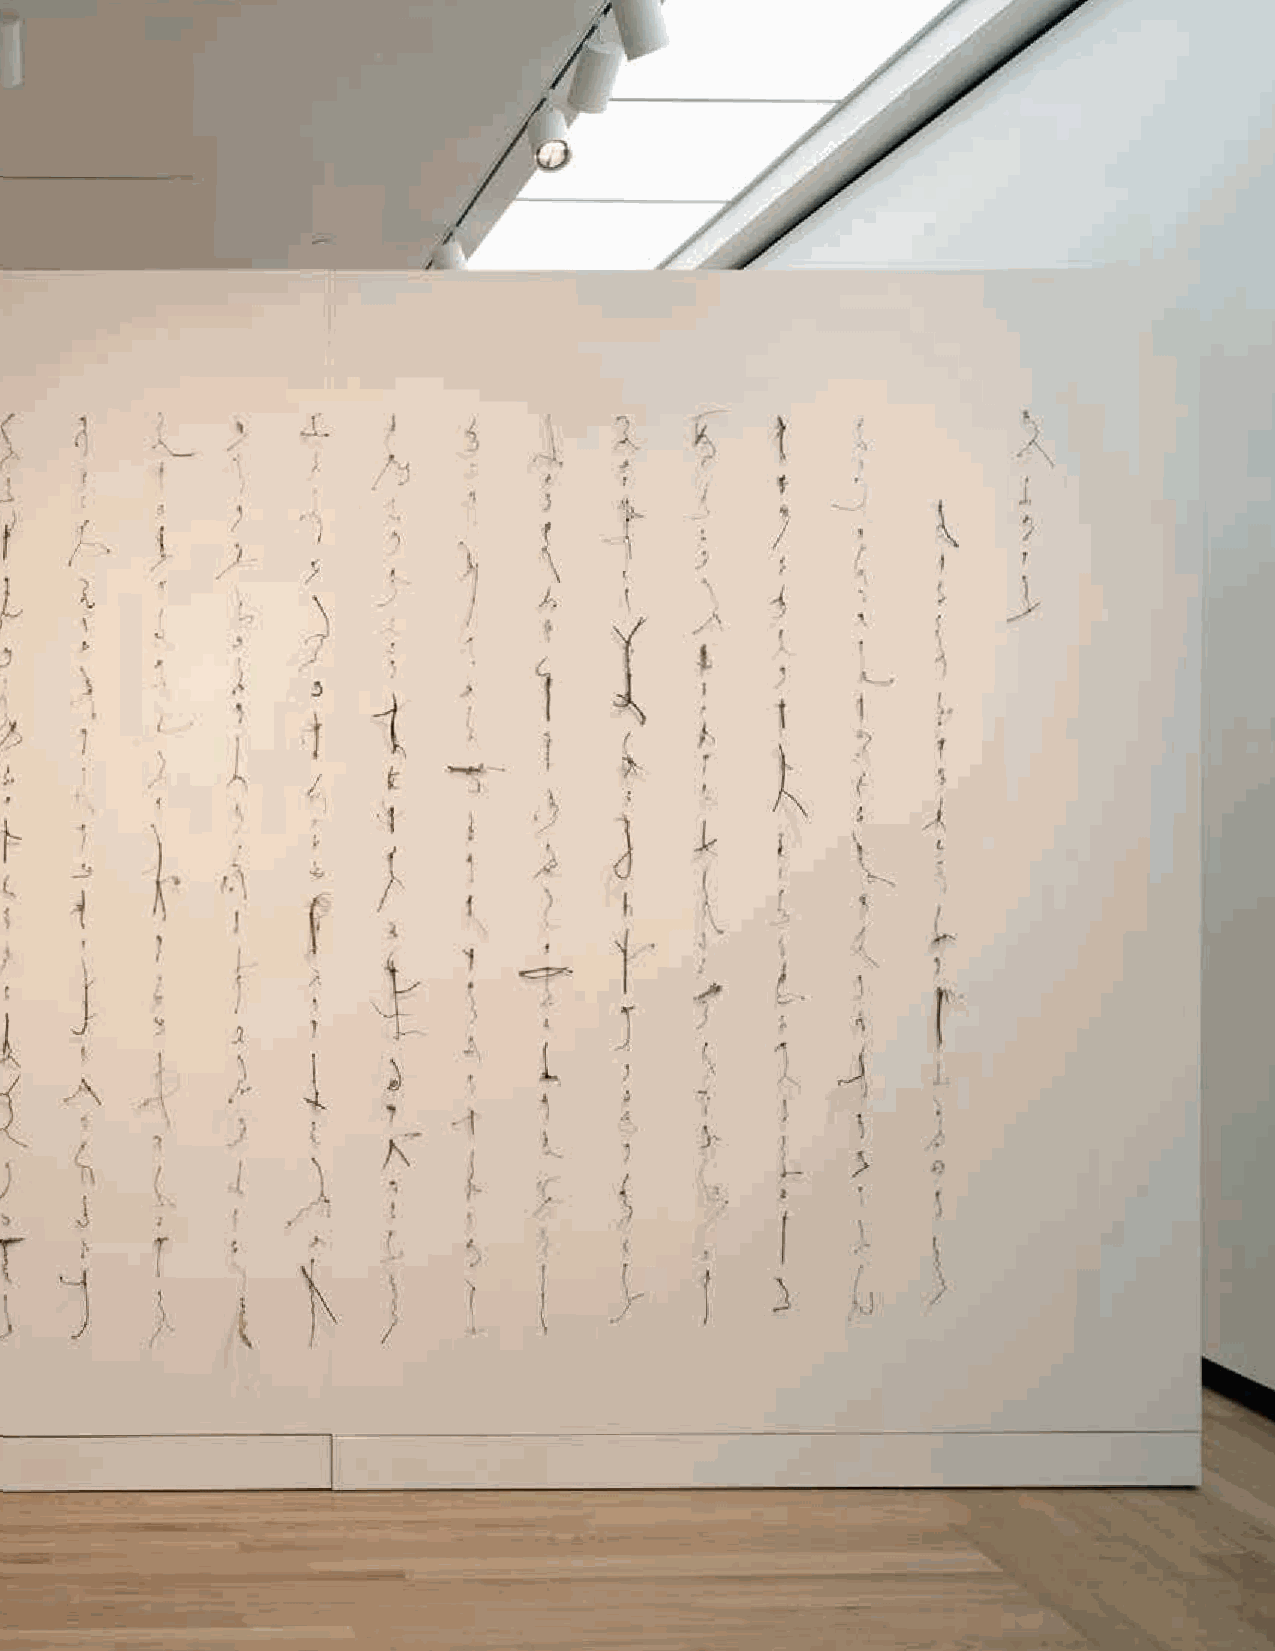
Letter Arts Review 27:1                                           11